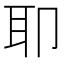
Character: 𫆀